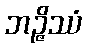
ဘဉ္ဇိဿံ